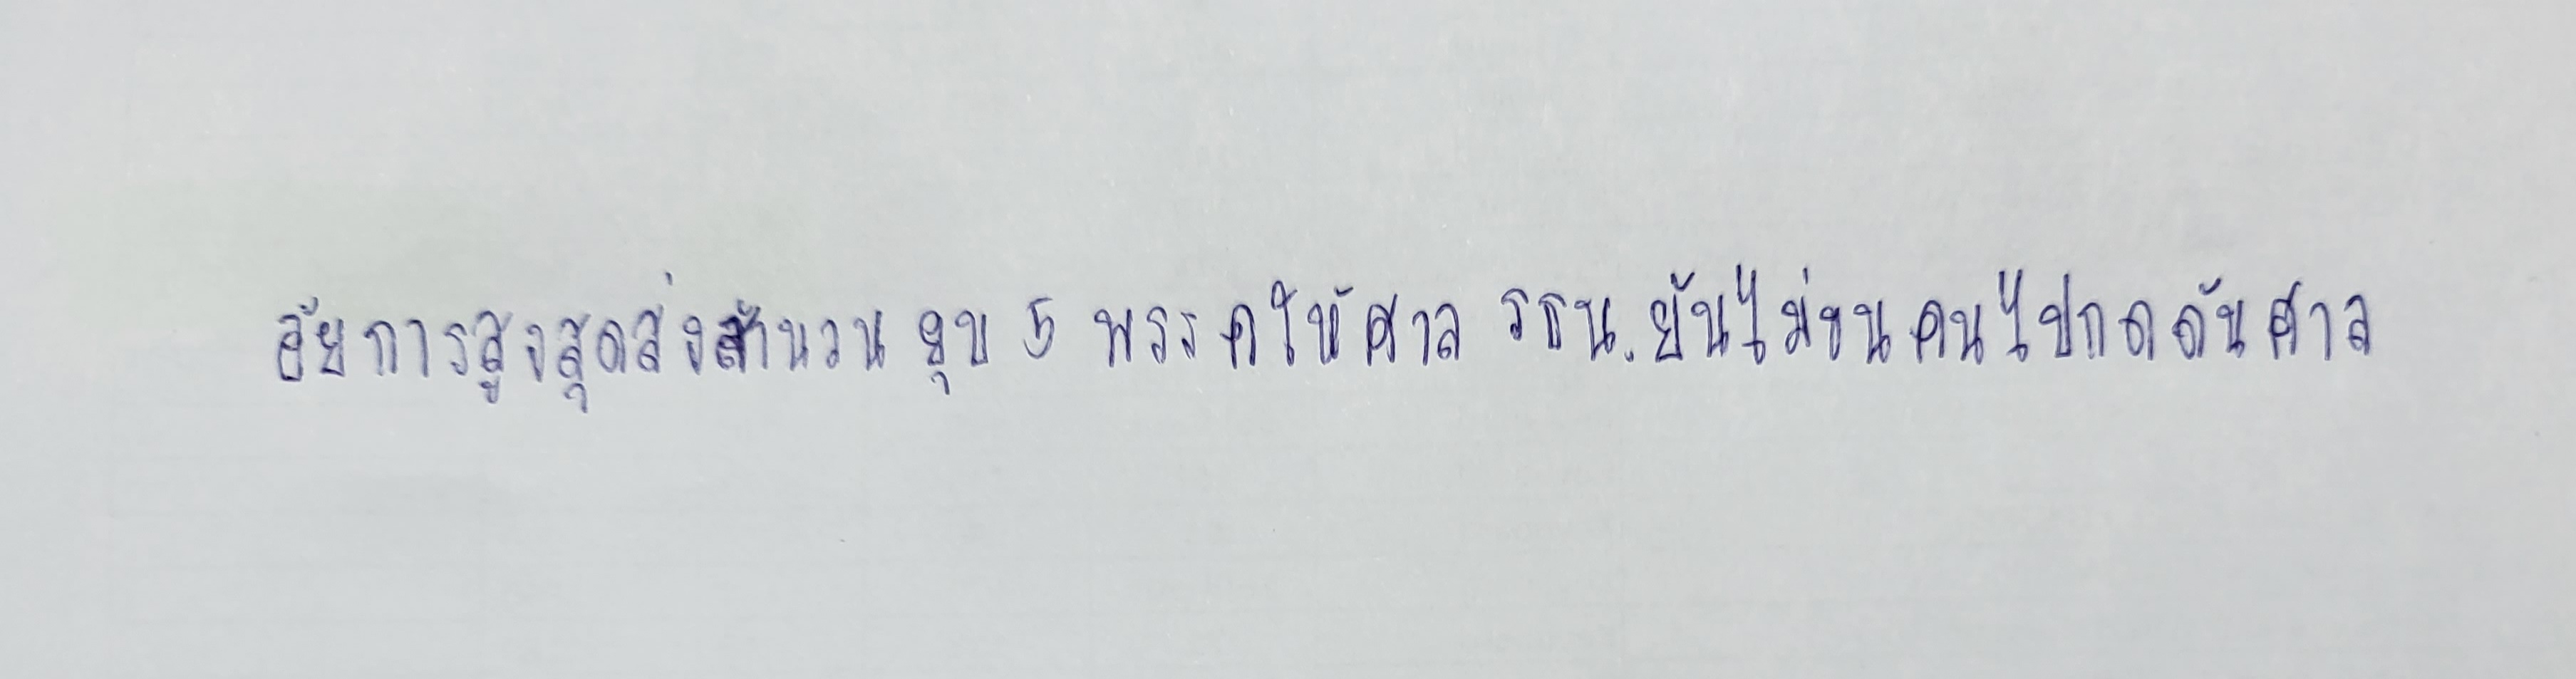
อัยการสูงสุดส่งสำนวนยุบ5พรรคให้ศาล รธน.ยันไม่ขนคนไปกดดันศาล